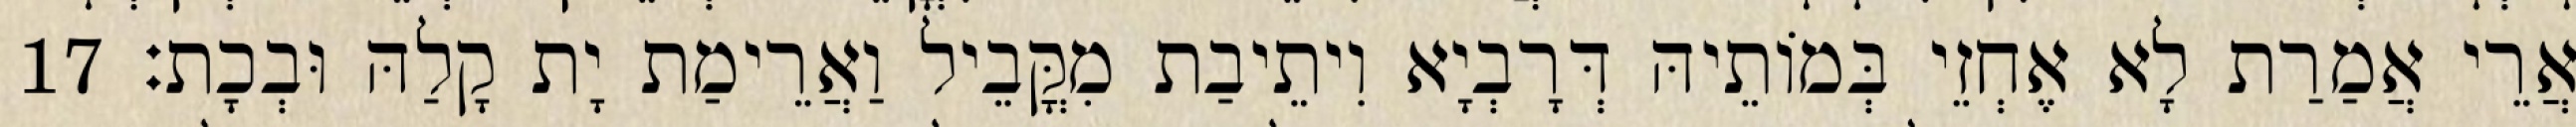
אֲרֵי אֲמַרַת לָא אֶחְזֵי בְּמוֹתֵיהּ דְּרָבְיָא וִיתֵיבַת מִקֳּבֵיל וַאֲרֵימַת יָת קָלַהּ וּבְכָת׃ 17